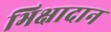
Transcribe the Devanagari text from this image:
भिक्षादान